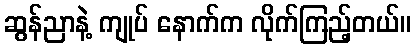
ဆွန်ညာနဲ့ ကျုပ် နောက်က လိုက်ကြည့်တယ်။